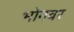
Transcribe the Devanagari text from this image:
भोगवर